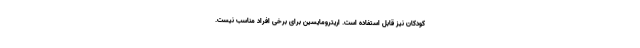
کودکان نیز قابل استفاده است. اریترومایسین برای برخی افراد مناسب نیست.